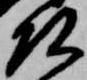
頭